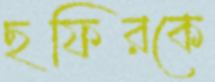
ছফিরকে